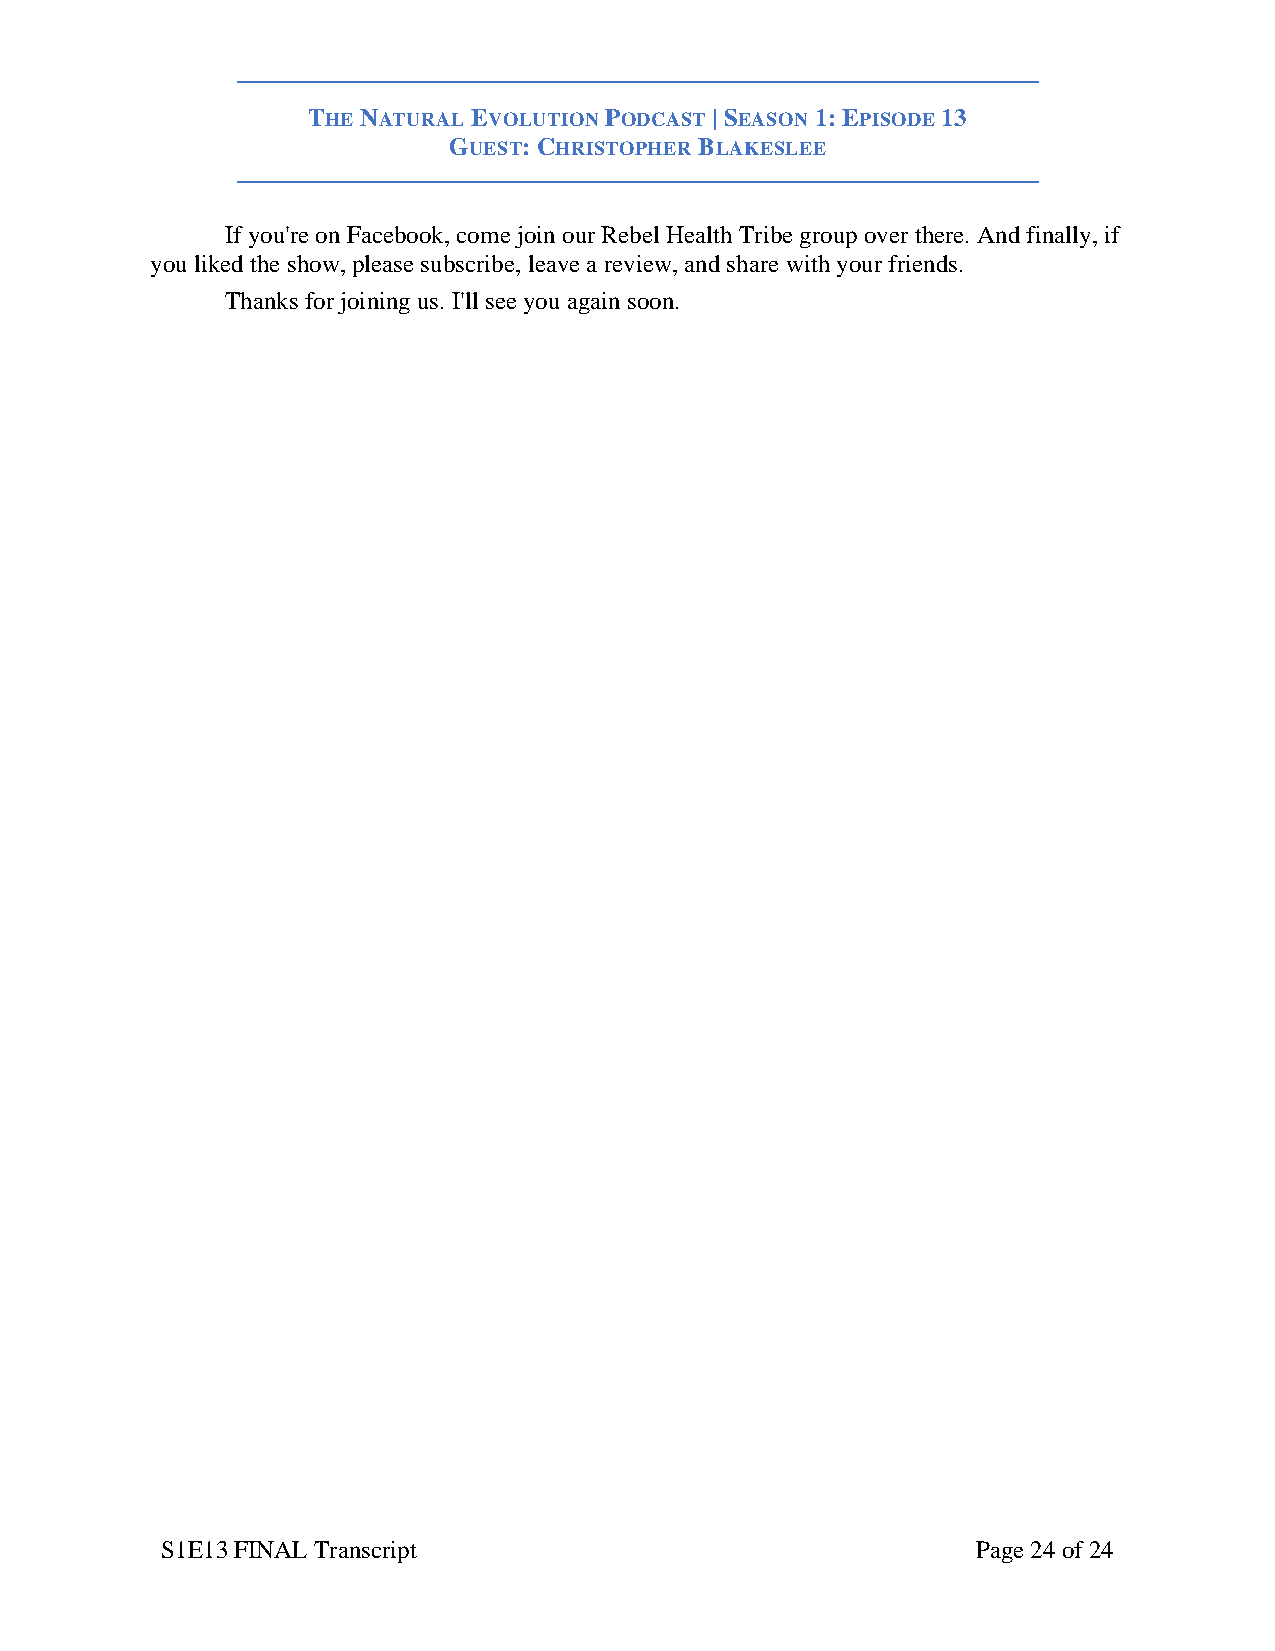
THE NATURAL EVOLUTION PODCAST | SEASON 1: EPISODE 13
 GUEST: CHRISTOPHER BLAKESLEE
 If you're on Facebook, come join our Rebel Health Tribe group over there. And finally, if
 you liked the show, please subscribe, leave a review, and share with your friends.
 Thanks for joining us. I'll see you again soon.
 S1E13 FINAL Transcript                                Page 24 of 24